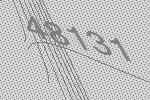
48131